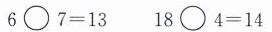
$$6 \circ 7 = 1 3$$ $$18 \circ 4 = 1 4$$